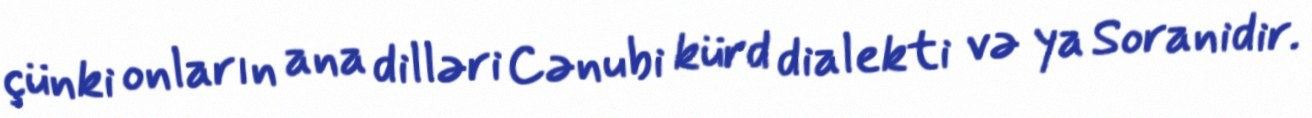
çünki onların ana dilləri Cənubi kürd dialekti və ya Soranidir.